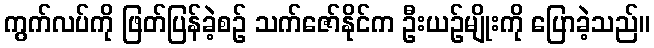
ကွက်လပ်ကို ဖြတ်ပြန်ခဲ့စဉ် သက်ဇော်နိုင်က ဦးယဉ်မျိုးကို ပြောခဲ့သည်။